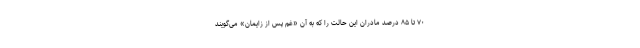
۷۰ تا ۸۵ درصد مادران این حالت را که به آن «غم پس از زایمان» می‌گویند